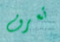
تعرف